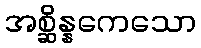
အစ္ဆိန္နကေသော